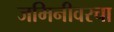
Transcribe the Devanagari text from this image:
जमिनीवरचा